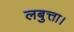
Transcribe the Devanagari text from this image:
लबुत्ता।